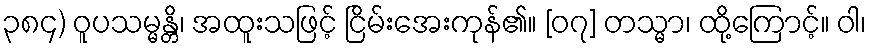
၃၈၄) ဝူပသမ္မန္တိ၊ အထူးသဖြင့် ငြိမ်းအေးကုန်၏။ [၀၇] တသ္မာ၊ ထို့ကြောင့်။ ဝါ၊